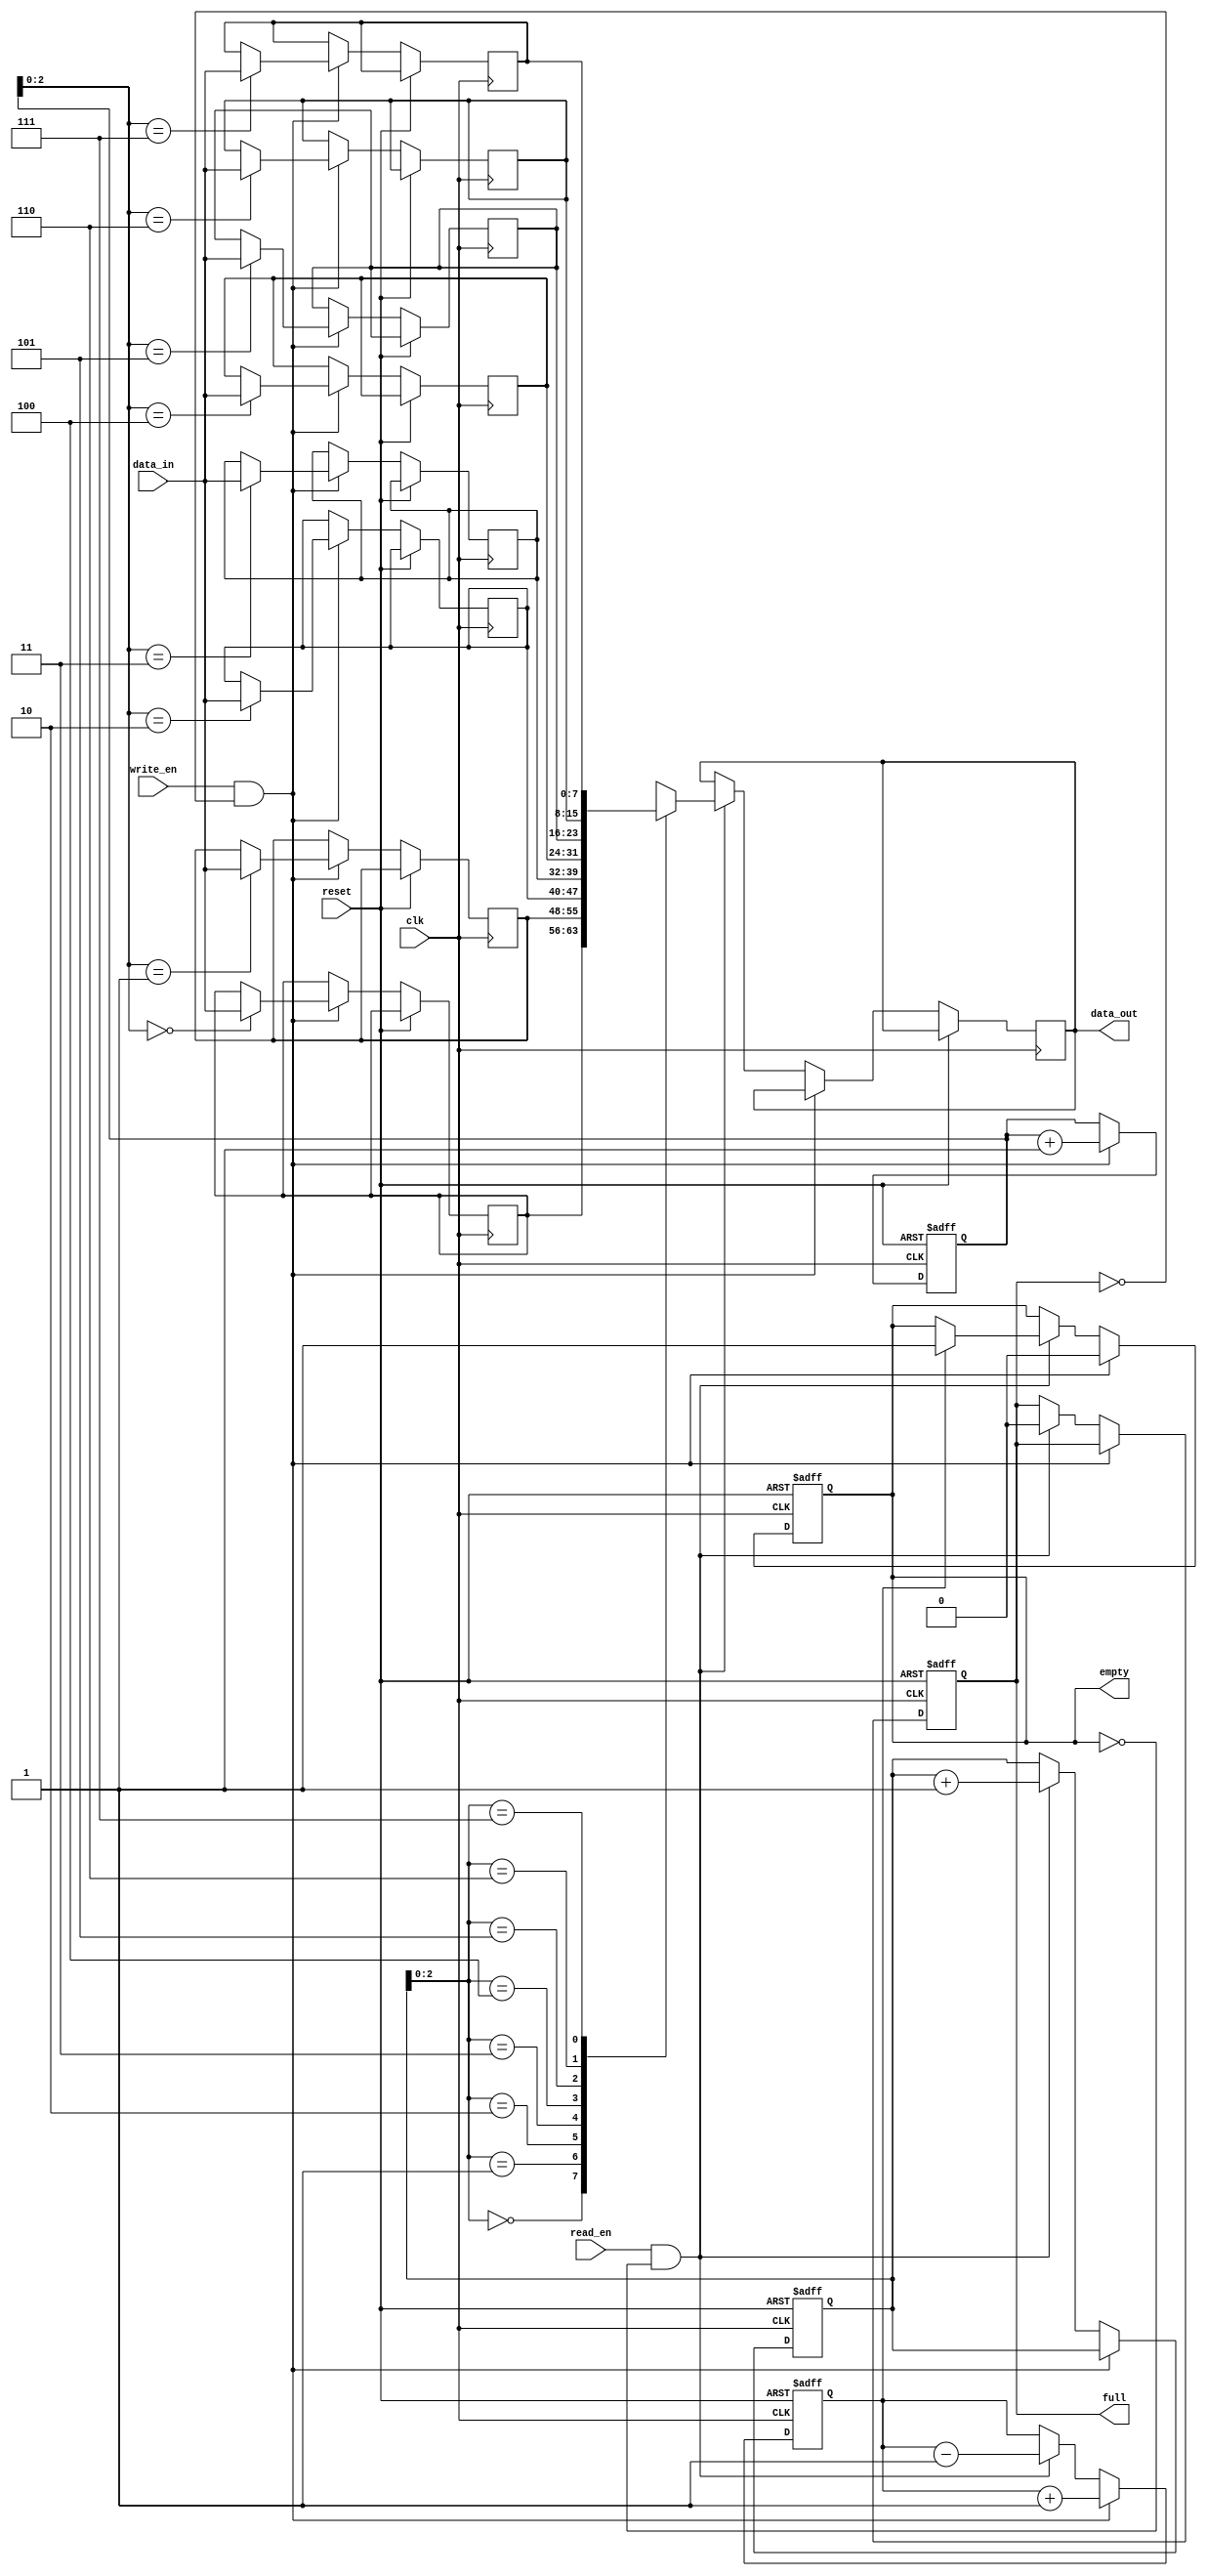
module non_blocking_fifo (
  input wire clk,
  input wire reset,
  input wire write_en,
  input wire read_en,
  input wire [DATA_WIDTH-1:0] data_in,
  output reg [DATA_WIDTH-1:0] data_out,
  output reg full,
  output reg empty
);

parameter DEPTH = 8; // Depth of FIFO buffer
parameter DATA_WIDTH = 8; // Width of data bus

reg [DATA_WIDTH-1:0] memory [0:DEPTH-1];
reg [DATA_WIDTH-1:0] front = 0; // Index to front of FIFO
reg [DATA_WIDTH-1:0] rear = 0; // Index to rear of FIFO
reg count = 0; // Number of valid entries in FIFO

always @(posedge clk or posedge reset)
begin
  if (reset)
  begin
    front <= 0;
    rear <= 0;
    count <= 0;
    full <= 0;
    empty <= 1;
  end
  else if (write_en && !full)
  begin
    memory[rear] <= data_in;
    rear <= rear + 1;
    count <= count + 1;
    empty <= 0;
    if (count == DEPTH)
      full <= 1;
  end
  else if (read_en && !empty)
  begin
    data_out <= memory[front];
    front <= front + 1;
    count <= count - 1;
    full <= 0;
    if (count == 1)
      empty <= 1;
  end
end

endmodule